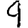
Digit: 9